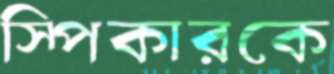
স্পিকারকে